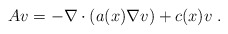
\begin{align*}Av = -\nabla\cdot(a(x) \nabla v) + c(x) v \;. \end{align*}